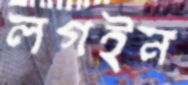
লগইন